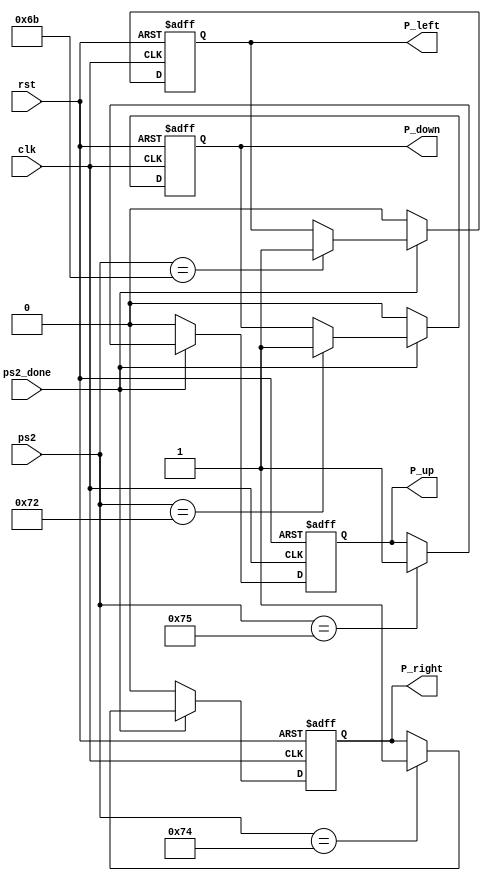
//ps2
module ps2_deal_Model(clk,rst,ps2_done,ps2,P_up,P_down,P_left,P_right);
	input clk;
	input rst;
	input ps2_done;
	input [7:0]ps2;
	output reg P_up,P_down,P_left,P_right;
//---------------------------------------------------------------		
	always @(posedge clk or negedge rst)
		if(!rst)
			begin
				P_up = 0; 
				P_down = 0;
				P_left = 0;
				P_right = 0;
			end
		else if(ps2_done)
			case(ps2) //ps2 
				8'h6b : P_left = 1; 
				8'h72 : P_down = 1;
				8'h74 : P_right = 1;
				8'h75 : P_up = 1;
				default: ;
			endcase
		else 
			begin
				P_up = 0; 
				P_down = 0;
				P_left = 0;
				P_right = 0;
			end
	//---------------------------------------------------------
endmodule